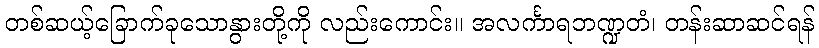
တစ်ဆယ့်ခြောက်ခုသောနွားတို့ကို လည်းကောင်း။ အလင်္ကာရဘဏ္ဍတံ၊ တန်းဆာဆင်ရန်